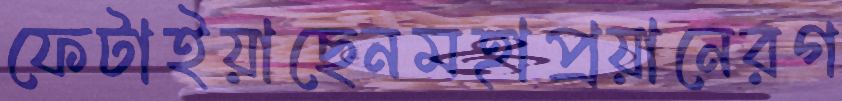
ফেটাইয়াছেনমহাপ্রয়ানেরগ